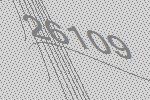
26109